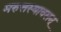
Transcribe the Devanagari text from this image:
मरुत्तस्यावसन्